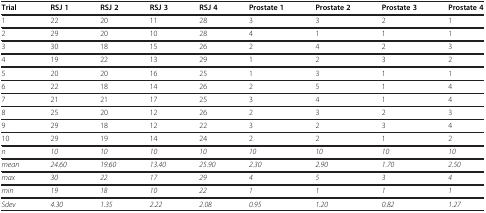
| Trial | RSJ 1 | RSJ 2 | RSJ 3 | RSJ 4 | Prostate 1 | Prostate 2 | Prostate 3 | Prostate 4 |
 | --- | --- | --- | --- | --- | --- | --- | --- | --- |
 | 1 | 22 | 20 | 11 | 28 | 3 | 3 | 2 | 1 |
 | 2 | 29 | 20 | 10 | 28 | 4 | 1 | 1 | 1 |
 | 3 | 30 | 18 | 15 | 26 | 2 | 4 | 2 | 3 |
 | 4 | 19 | 22 | 13 | 29 | 1 | 2 | 3 | 2 |
 | 5 | 20 | 20 | 16 | 25 | 1 | 3 | 1 | 1 |
 | 6 | 22 | 18 | 14 | 26 | 2 | 5 | 1 | 4 |
 | 7 | 21 | 21 | 17 | 25 | 3 | 4 | 1 | 4 |
 | 8 | 25 | 20 | 12 | 26 | 2 | 3 | 2 | 3 |
 | 9 | 29 | 18 | 12 | 22 | 3 | 2 | 3 | 4 |
 | 10 | 29 | 19 | 14 | 24 | 2 | 2 | 1 | 2 |
 | n | 10 | 10 | 10 | 10 | 10 | 10 | 10 | 10 |
 | mean | 24.60 | 19.60 | 13.40 | 25.90 | 2.30 | 2.90 | 1.70 | 2.50 |
 | max | 30 | 22 | 17 | 29 | 4 | 5 | 3 | 4 |
 | min | 19 | 18 | 10 | 22 | 1 | 1 | 1 | 1 |
 | Sdev | 4.30 | 1.35 | 2.22 | 2.08 | 0.95 | 1.20 | 0.82 | 1.27 |